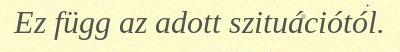
Ez függ az adott szituációtól.